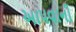
આપવાની